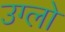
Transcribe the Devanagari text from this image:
उग्लो